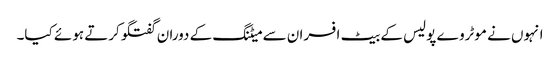
انہوں نے موٹروے پولیس کے بیٹ افسران سے میٹنگ کے دوران گفتگوکرتے ہوئے کیا۔